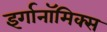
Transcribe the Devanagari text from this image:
इर्गानॉमिक्स